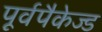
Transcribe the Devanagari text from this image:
पूर्वपैकेज्ड